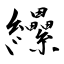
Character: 纝